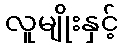
လူမျိုးနှင့်